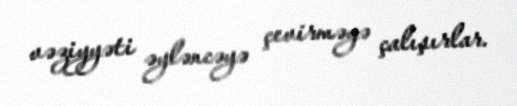
vəziyyəti əyləncəyə çevirməyə çalışırlar.